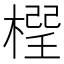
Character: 𣗕